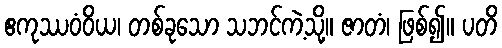
ဧကုဿဝံဝိယ၊ တစ်ခုသော သဘင်ကဲ့သို့။ ဇာတံ၊ ဖြစ်၍။ ပတိ